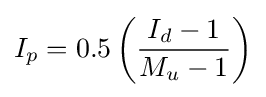
I_{p}=0.5\left({\frac {I_{d}-1}{M_{u}-1}}\right)